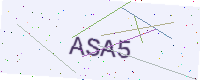
Text: ASA5